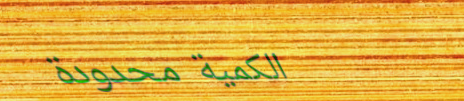
الكمية محدودة